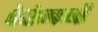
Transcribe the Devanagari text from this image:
फेरेन्कजी